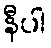
နီပါ